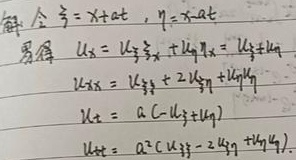
解：令\(\xi = x + at\)，\(\eta = x - at\)，易得
\(u_x = u_{\xi}\xi_x+u_{\eta}\eta_x = u_{\xi}+u_{\eta}\)
\(u_{xx}=u_{\xi\xi}+2u_{\xi\eta}+u_{\eta\eta}\)
\(u_t = a(-u_{\xi}+u_{\eta})\)
\(u_{tt}=a^{2}(u_{\xi\xi}-2u_{\xi\eta}+u_{\eta\eta})\)